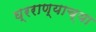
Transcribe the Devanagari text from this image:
घ्रराण्याच्या